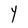
Character: Y